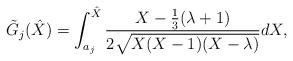
LaTeX: \begin{align*}\tilde{G}_{j}(\hat{X})= \int_{a_j}^{\hat{X}} \frac{X-\frac13(\lambda+1)}{2\sqrt{X(X-1)(X-\lambda)}}dX,\end{align*}